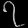
Digit: ၇